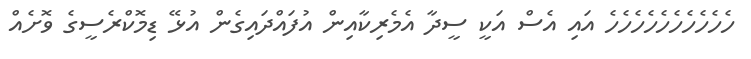
ހެހެހެހެހެހެހެހެހެހެ އައި އެސް އަކީ ސީދާ އެމެރިކާއިން އުފައްދައިގެން އުޅޭ ޑިމޮކްރެސީގެ ވޮށެއް